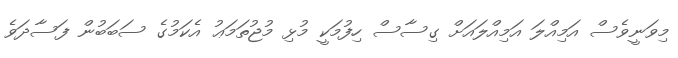
މިވަނީވެސް އަމިއްލަ އަމިއްލައަށް ގިސާސް ހިފުމަކީ މުޅި މުޖުތަމަޢު އެކަމުގެ ސަބަބުން ފަސާދަވެ